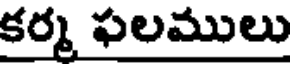
కర్మ ఫలములు